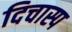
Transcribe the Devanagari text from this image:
दिचास्प